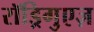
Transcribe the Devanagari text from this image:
रॉड्रिगुएज़